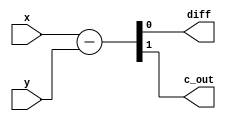
`timescale 1ns / 1ps

module half_subtractor_behavioral(x, y, diff, c_out);
// I/O port declarations
input x, y;
output diff, c_out;
reg diff, c_out; // need to be declared as reg types
// specify the function of a full adder
always @(x, y)
{c_out, diff} = x - y;
endmodule